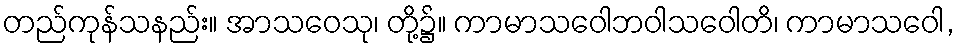
တည်ကုန်သနည်း။ အာသဝေသု၊ တို့၌။ ကာမာသဝေါဘဝါသဝေါတိ၊ ကာမာသဝေါ,